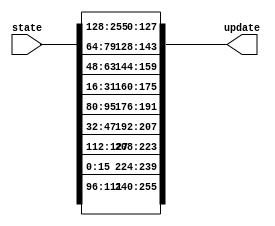
`timescale 1ns / 1ps
module MSKTweakPerm #(parameter d=2)(state, update);

parameter W = 8;

(* syn_keep="true", keep="true", fv_type = "sharing", fv_latency = 0, fv_count=128 *) input [d*128-1 : 0] state;
(* syn_keep="true", keep="true", fv_type = "sharing", fv_latency = 0, fv_count=128 *) output [d*128-1 : 0] update;

assign update[12*d*W-1 : 11*d*W] = state[6*d*W-1 : 5*d*W];
assign update[11*d*W-1 : 10*d*W] = state[2*d*W-1 : d*W];
assign update[10*d*W-1 : 9*d*W] = state[4*d*W-1 : 3*d*W];
assign update[9*d*W-1 : 8*d*W] = state[5*d*W-1 : 4*d*W];

assign update[16*d*W-1 : 15*d*W] = state[7*d*W-1 : 6*d*W];
assign update[15*d*W-1 : 14*d*W] = state[d*W-1 : 0];
assign update[14*d*W-1 : 13*d*W] = state[8*d*W-1 : 7*d*W];
assign update[13*d*W-1 : 12*d*W] = state[3*d*W-1 : 2*d*W];

assign update[d*W-1 : 0] = state[9*d*W-1 : 8*d*W];
assign update[2*d*W-1 : d*W] = state[10*d*W-1 : 9*d*W];
assign update[3*d*W-1 : 2*d*W] = state[11*d*W-1 : 10*d*W];
assign update[4*d*W-1 : 3*d*W] = state[12*d*W-1 : 11*d*W];

assign update[5*d*W-1 : 4*d*W] = state[13*d*W-1 : 12*d*W];
assign update[6*d*W-1 : 5*d*W] = state[14*d*W-1 : 13*d*W];
assign update[7*d*W-1 : 6*d*W] = state[15*d*W-1 : 14*d*W];
assign update[8*d*W-1 : 7*d*W] = state[16*d*W-1 : 15*d*W];

endmodule